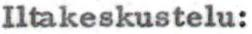
Iltakeskustelu: